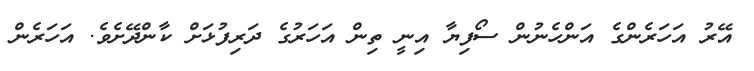
އޭރު އަހަރެންގެ އަންހެނުން ސޯފިޔާ އިނީ ތިން އަހަރުގެ ދަރިފުޅަށް ކާންދޭށެވެ. އަހަރެން